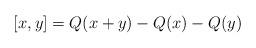
LaTeX: \begin{align*}[x,y]=Q(x+y) - Q(x) -Q(y)\end{align*}